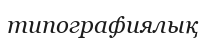
типографиялық